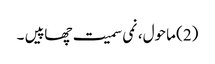
(2) ماحول، نمی سمیت چھاپیں ۔